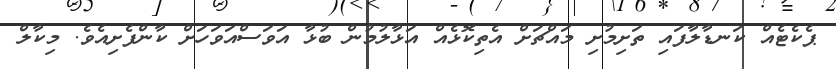
ޕެކެޓެއް ކަނޑާލާފައި ތަށިމުށި މައްޗަށް އެތިކޮޅެއް އަޅާލުމުން ބުޅާ އަވަސްއަވަހަށް ކާންފެށިއެވެ. މިކާލް